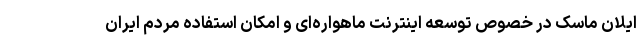
ایلان ماسک در خصوص توسعه اینترنت ماهواره‌ای و امکان استفاده مردم ایران